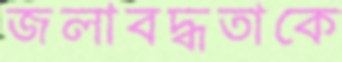
জলাবদ্ধতাকে